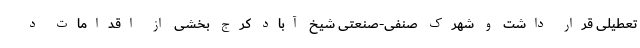
تعطیلی قرار داشت و شهرک صنفی-صنعتی شیخ آباد کرج بخشی از اقدامات د